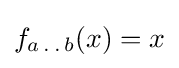
f_{a\,.\,.\,b}(x)=x